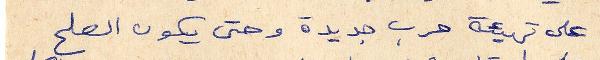
على تهيئة حرب جديدة وحتى يكون الصلح